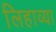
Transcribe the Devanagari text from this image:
लिहाव्या